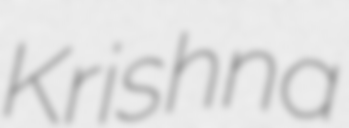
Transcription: Krishna